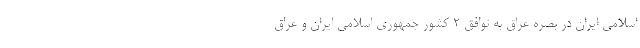
اسلامی ایران در بصره عراق به توافق ۲ کشور جمهوری اسلامی ایران و عراق